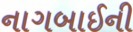
નાગબાઈની